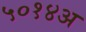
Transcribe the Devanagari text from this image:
५०१४अ